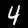
Label: 4